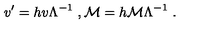
v ^ { \prime } = h v \Lambda ^ { - 1 } \ , { \cal M } = h { \cal M } \Lambda ^ { - 1 } \ .